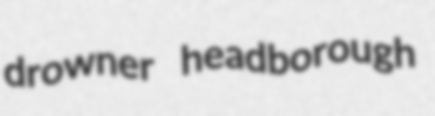
drowner headborough